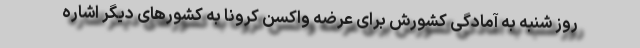
روز شنبه به آمادگی کشورش برای عرضه واکسن کرونا به کشورهای دیگر اشاره